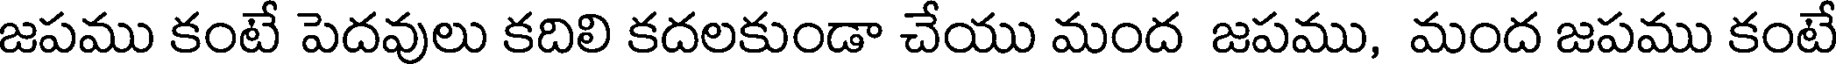
జపము కంటే పెదవులు కదిలి కదలకుండా చేయు మంద జపము, మంద జపము కంటే